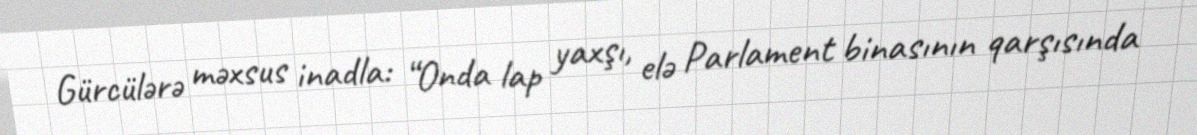
Gürcülərə məxsus inadla: “Onda lap yaxşı, elə Parlament binasının qarşısında